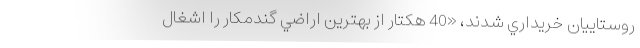
روستاييان خريداري شدند، «40 هكتار از بهترين اراضي گندمكار را اشغال